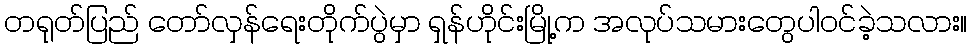
တရုတ်ပြည် တော်လှန်ရေးတိုက်ပွဲမှာ ရှန်ဟိုင်းမြို့က အလုပ်သမားတွေပါဝင်ခဲ့သလား။